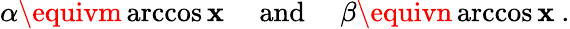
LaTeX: \alpha\equivm\operatorname{arccos}\mathbf{x}\quad{\mathrm{{~and~}}}\quad\beta\equivn\operatorname{arccos}\mathbf{x}~.